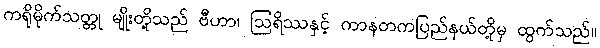
ကရိုမိုက်သတ္တု မျိုးတို့သည် ဗီဟာ၊ ဩရိဿနှင့် ကာနတကပြည်နယ်တို့မှ ထွက်သည်။